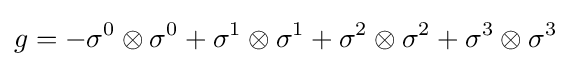
g=-\sigma ^{0}\otimes \sigma ^{0}+\sigma ^{1}\otimes \sigma ^{1}+\sigma ^{2}\otimes \sigma ^{2}+\sigma ^{3}\otimes \sigma ^{3}